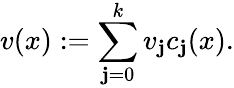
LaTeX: v(x):=\sum_{\mathbf{j}=0}^{k}v_{\mathbf{j}}c_{\mathbf{j}}(x).